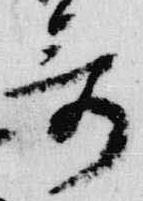
哥